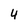
Character: 4